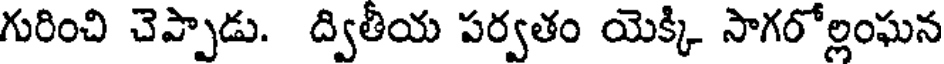
గురించి చెప్పాడు. ద్వితీయ పర్వతం యెక్కి సాగరోల్లంఘన